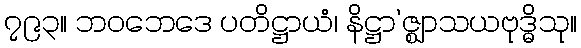
၇၉၃။ ဘဝဘေဒေ ပတိဋ္ဌာယံ၊ နိဋ္ဌာ’ဇ္ဈာသယဗုဒ္ဓိသု။